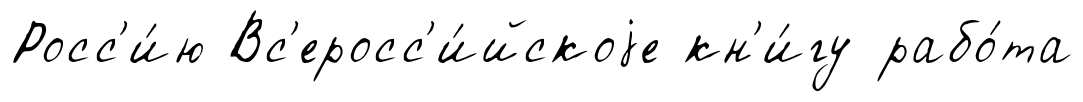
Росс'и́ю Вс'еросс'и́йскоjе кн'и́гу рабо́та